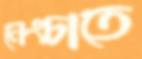
নেংচাতে